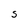
Character: S